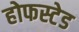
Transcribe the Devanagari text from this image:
होफस्टेड